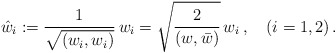
\begin{align*}\hat w_i:=\frac{1}{\sqrt{(w_i,w_i)}}\,w_i = \sqrt{\frac{2}{(w,\bar w)}}\,w_i\,,\quad (i=1,2)\,.\end{align*}